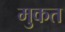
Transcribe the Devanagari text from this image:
मुकत